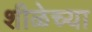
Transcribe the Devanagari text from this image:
शीळेच्या